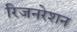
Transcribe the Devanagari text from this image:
रिजनरेशन